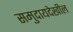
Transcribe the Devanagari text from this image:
समुदायदेखील